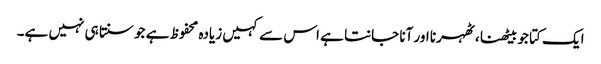
ایک کتا جو بیٹھنا ، ٹھہرنا اور آنا جانتا ہے اس سے کہیں زیادہ محفوظ ہے جو سنتا ہی نہیں ہے۔